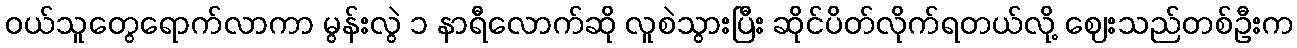
ဝယ်သူတွေရောက်လာကာ မွန်းလွဲ ၁ နာရီလောက်ဆို လူစဲသွားပြီး ဆိုင်ပိတ်လိုက်ရတယ်လို့ ဈေးသည်တစ်ဦးက